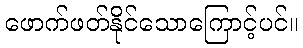
ဖောက်ဖတ်နိုင်သောကြောင့်ပင်။